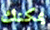
يمكنك